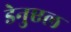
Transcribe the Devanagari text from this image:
डेनुएल